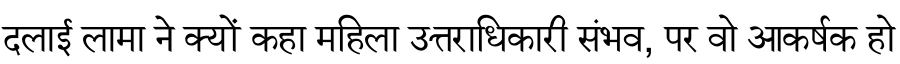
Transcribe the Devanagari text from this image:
दलाई लामा ने क्यों कहा महिला उत्तराधिकारी संभव, पर वो आकर्षक हो